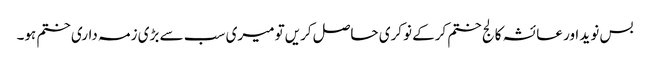
بس نوید اور عائشہ کالج ختم کرکے نوکری حاصل کریں‌تو میری سب سے بڑی زمہ داری ختم ہو۔